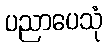
ပညာပေသုံ